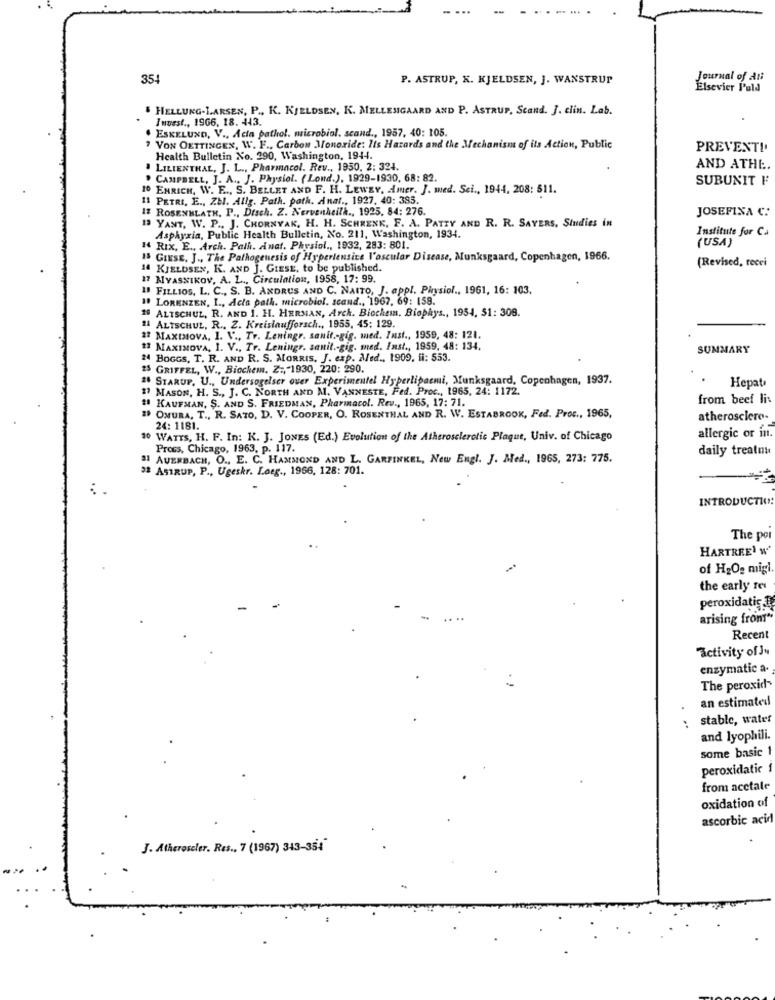
--
. ...
354
P. ASTRUP, X. KJELDSEN, J. WANSTRUP
Journal of Ali
Elsevier Puldl
& HELLUNG-LARSEN, P ., K. KJELDSEN, K. MELLEMGAARD AND P. ASTRUP, Scand. J. clin. Lab.
.
Invest ., 1966, 18. 443.
. ESKELUND, V ., Acta pathol, microbiol. scand ., 1957, 40: 105.
7 VON OETTINGEN, W. F ., Carbon Monoxide: Its Hazards and the Mechanism of its Action, Public
PREVENT !.
Health Bulletin No. 290, Washington, 1944.
LILIENTHAL, J. L ., Pharmacol. Rev ., 1950. 2: 324.
AND ATHE.
CAMPBELL, J. A ., J. Physiol. (Loud.), 1929-1930, 68: 82.
SUBUNIT F
10 ENRICH, W. E .., S. BELLET AND F. H. LEWEY, Amer. J. med. Sci ., 1944, 208: 511.
11 PETRI, E ., ZEI. Allg. Path. path. Anaf ., 1927, 40: 385.
17 ROSENBLATH. P ., Disch. Z. NervenAcilk ., 1925, 84: 276.
13 YANT, W. P ., J. CHORNYAK, H. H. SCHRENK, F. A. PATTY AND R. R. SAYERS, Studies in
JOSEFINA C:
Institute for Ca
Asphyxia, Public Health Bulletin, No. 211, Washington, 1934.
(USA)
14 Rix, E ., Arch. Path. Anat. Physiol ., 1932, 283: 801.
15 GINSE, J ., The Pathogenesis of Hypertensive l'oscular Disease, Munksgaard, Copenhagen, 1966.
(Revised, recei
14 KJELDSEN, K. AND J. GIESE, to be published.
17 MYASNIKOV, A. L ., Circulation, 1958, 17: 99.
11 FILLIOS, L. C ., S. B. ANDRUS AND C. NAITO, J. appl. Physiol ., 1961, 16: 103.
# LORENZEN, I ., Acta path. microbiol. scand ., 1967, 69: 158.
10 ALTSCHUL, R. AND I. H. HERMAN, Arch. Biochemn. Biophys ., 1954, $1: 308.
14 ALTSCHUL, R ., Z. Kreislaufforsch ., 1955, 45: 129.
## MAXIMOVa, I. V ., Tr. Leningr. sanit .- gig. med. Inst ., 1959, 48: 121.
#3 MAXIMOVA, I. V ., Tr. Leningr. sanit .- gig. med. Inst ., 1959, 48: 134.
SUMMARY
M BOGGS, T. R. AND R. S. MORRIS, J. exp. Med .. 1909, ii: 553.
25 GRIFFEL, W ., Biochem. Z :,- 1930, 220: 290.
# STARUP, U ., Undersogelser over Experimentel Hyperliparmi, Munksgaard, Copenhagen, 1937.
# MASON, H. S ., J. C. NORTH AND M. VANNESTE, Fed. Proc ., 1965, 24: 1172.
Hepat
from beef lit
# KAUFMAN, S. AND S. FRIEDMAN, Pharmacol. Rev ., 1965, 17: 71.
# OMURA, T ., R. SATO, D. V. COOPER, O. ROSENTHAL AND R. W. ESTABROOK, Fed. Proc ., 1965,
atherosclere-
24: 1181.
10 WATTS, H. F. In: K. J. JONES (Ed.) Evolution of the Atherosclerotic Plaque, Univ. of Chicago
allergic or in.
Procs, Chicago, 1963, p. 117.
daily treatnu
31 AUERBACH, O ., E. C. HAMMOND AND L. GARFINKEL, New Engl. J. Med ., 1965, 273: 775.
3ª ASTRUP, P ., Ugeskr. Loeg ., 1966, 128: 701.
INTRODUCTION
The poi
HARTREE' W'
of H2O2 migi
the early res
peroxidatic
arising from"
Recent
activity of Ju
enzymatic a.
The peroxid-
an estimated
stable, water
:
and lyophili.
some basic 1
peroxidatic i
from acctale
oxidation of
ascorbic acid
J. Atheroseler. Res ., 7 (1967) 343-354"